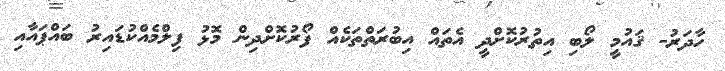
ހާދަރު- ޤައުމީ ލޯބި އިތުރުކޮށްދީ އެތައް އިބުރަތްތަކެއް ފޯރުކޮށްދިން މޮޅު ފިލްމެއްކުޑައިރު ބައްޕައާއި